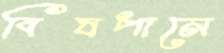
বিষপানে